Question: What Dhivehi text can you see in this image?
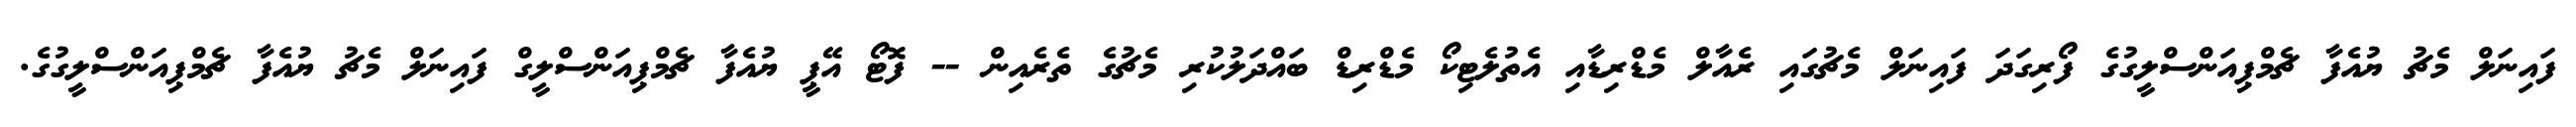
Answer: ފައިނަލް މެޗު ޔުއެފާ ޗެމްޕިއަންސްލީގުގެ ފޯރިގަދަ ފައިނަލް މެޗުގައި ރެއާލް މެޑްރިޑާއި އެތުލެޓިކޯ މެޑްރިޑް ބައްދަލުކުރި މެޗުގެ ތެރެއިން -- ފޮޓޯ އޭޕީ ޔުއެފާ ޗެމްޕިއަންސްލީގް ފައިނަލް މެޗު ޔުއެފާ ޗެމްޕިއަންސްލީގުގެ.